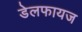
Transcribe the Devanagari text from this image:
डेलफायज